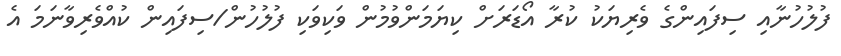
ފުލުހުނާއި ސިފައިންގެ ވެރިޔަކު ކުރާ އޯޑަރަށް ކިޔަމަންވުމުން ވަކިވަކި ފުލުހުން/ސިފައިން ކުއްވެރިވާނަމަ އެ